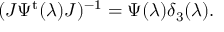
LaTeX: ( J \Psi ^ { \mathrm { t } } ( \lambda ) J ) ^ { - 1 } = \Psi ( \lambda ) \delta _ { 3 } ( \lambda ) .